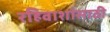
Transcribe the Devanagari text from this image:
रहिवाशांसाठी